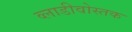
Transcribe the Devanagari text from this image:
व्लाडीवोस्तक